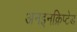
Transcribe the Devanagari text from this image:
अनइनक्रिप्टेड